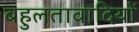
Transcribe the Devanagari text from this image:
बहुलतावादियों